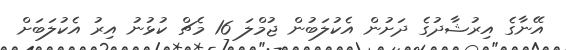
އޭނާގެ އިރުޝާދުގެ ދަށުން އެކުލަބުން ޖުމްލަ 16 މެޗް ކުޅުނު އިރު އެކުލަބަށް